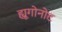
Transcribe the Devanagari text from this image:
ह्यूगोनोट